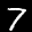
Label: 7